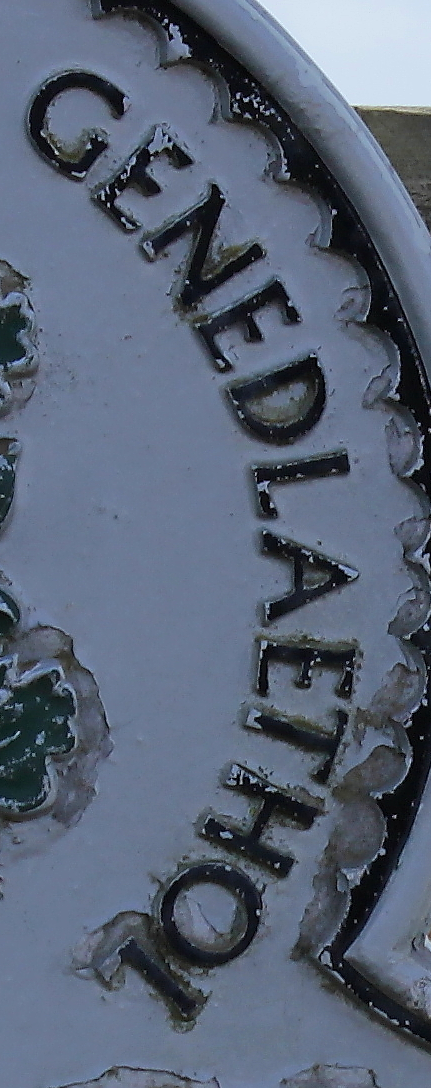
GENEDLAETHOL